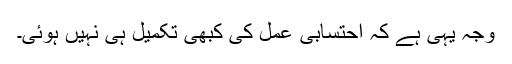
وجہ یہی ہے کہ احتسابی عمل کی کبھی تکمیل ہی نہیں ہوئی۔